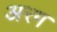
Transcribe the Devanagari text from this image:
अरग